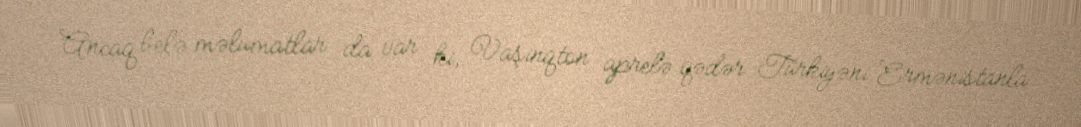
Ancaq belə məlumatlar da var ki, Vaşinqton aprelə qədər Türkiyəni Ermənistanla